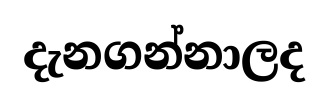
දැනගන්නාලද